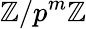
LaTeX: \mathbb{Z}/p^{m}\mathbb{Z}